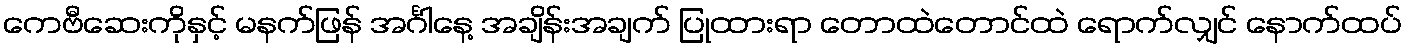
ကေဗီဆေးကိုနှင့် မနက်ဖြန် အင်္ဂါနေ့ အချိန်းအချက် ပြုထားရာ တောထဲတောင်ထဲ ရောက်လျှင် နောက်ထပ်